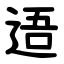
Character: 逜